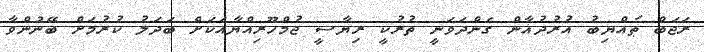
ރަޖަބް ޠައްޔިބު އުރުދުޣާން ގެންދަވަނީ ތުރުކީ ރިޔާސީ ޖުމްހޫރިއްޔާއަކަށް ބަދަލު ކުރުމަށް ބޭނުންވާ